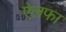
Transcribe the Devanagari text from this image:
ऐलफा